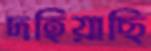
দহিয়াছি